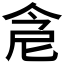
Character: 𠉞